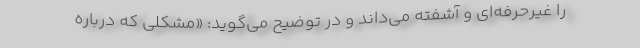
را غیرحرفه‌ای و آشفته می‌داند و در توضیح می‌گوید: «مشکلی که درباره